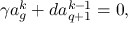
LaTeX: \gamma a _ { g } ^ { k } + d a _ { q + 1 } ^ { k - 1 } = 0 ,